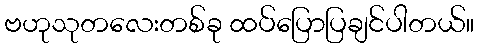
ဗဟုသုတလေးတစ်ခု ထပ်ပြောပြချင်ပါတယ်။